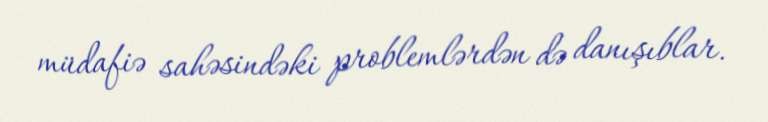
müdafiə sahəsindəki problemlərdən də danışıblar.